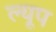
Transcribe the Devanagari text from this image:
ल्यूप